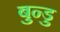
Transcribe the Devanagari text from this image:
बुन्डु